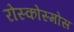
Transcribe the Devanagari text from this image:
रोस्कोस्मोस